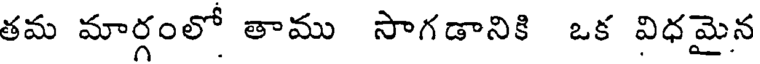
తమ మార్గంలో తాము సాగడానికి ఒక విధమైన